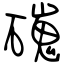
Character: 䃬